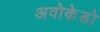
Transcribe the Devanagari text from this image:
अवोकेडो